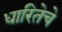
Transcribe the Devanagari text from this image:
धारितेचे